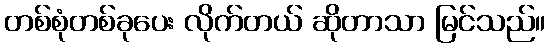
တစ်စုံတစ်ခုပေး လိုက်တယ် ဆိုတာသာ မြင်သည်။